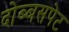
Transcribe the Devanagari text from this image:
दोब्बसपेट